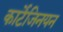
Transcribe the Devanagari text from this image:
कार्टेजिनयन